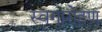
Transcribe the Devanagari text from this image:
स्वगारोहण